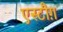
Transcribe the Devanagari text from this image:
एस्टौग़